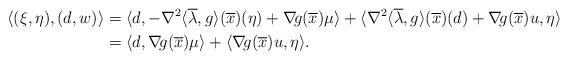
LaTeX: \begin{align*} \langle (\xi,\eta),(d,w)\rangle &=\langle d,-\nabla^2\langle\overline{\lambda},g\rangle(\overline{x})(\eta)+\nabla\!g(\overline{x})\mu\rangle +\langle \nabla^2\langle\overline{\lambda},g\rangle(\overline{x})(d)+\nabla\!g(\overline{x})u,\eta\rangle\\ &=\langle d,\nabla\!g(\overline{x})\mu\rangle+\langle\nabla\!g(\overline{x})u,\eta\rangle. \end{align*}